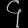
Digit: ၄